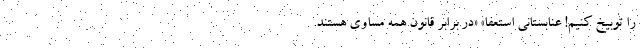
را توبیخ کنیم! ‌عنابستانی استعفا» «‌در برابر قانون همه مساوی هستند.